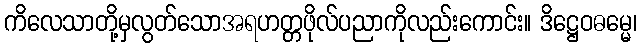
ကိလေသာတို့မှလွတ်သောအရဟတ္တဖိုလ်ပညာကိုလည်းကောင်း။ ဒိဋ္ဌေဝဓမ္မေ၊